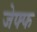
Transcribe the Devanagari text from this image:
जेफ्फ